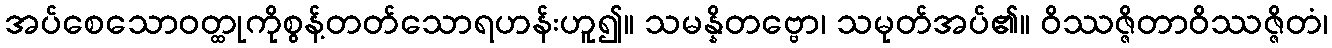
အပ်စေသောဝတ္ထုကိုစွန့်တတ်သောရဟန်းဟူ၍။ သမန္နိတဗ္ဗော၊ သမုတ်အပ်၏။ ဝိဿဇ္ဇိတာဝိဿဇ္ဇိတံ၊